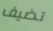
تضيف